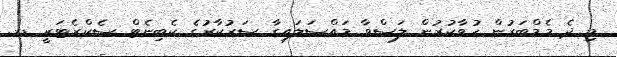
މި ދެ މެމްބަރުން ހުވާކުރުން ލަސްވާ މައްސަލައިގާ ސަރުކާރުގެ ކެބިނެޓް ސެކްރެޓަރީ ޑރ.